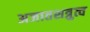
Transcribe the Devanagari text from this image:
अजातशत्रुत्व